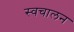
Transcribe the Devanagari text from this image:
स्‍वचालन